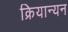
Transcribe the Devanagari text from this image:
क्रियान्यन